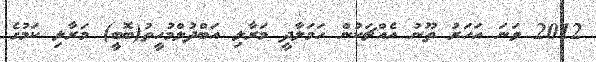
2012 ވަނަ އަހަރު ތޫނު އެއްޗަކުން ހަމަލާދީ މަރާލި އަބްދުލްމުހީތު(ބޮބީ) މަރާލި ކަމުގެ